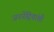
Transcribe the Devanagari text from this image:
जननेंद्रियांशी